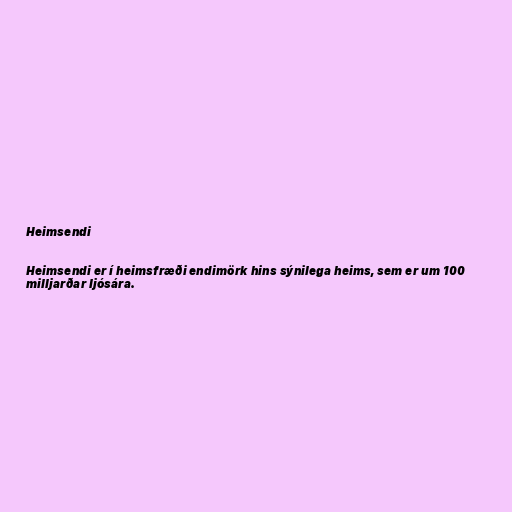
Heimsendi

Heimsendi er í heimsfræði endimörk hins sýnilega heims, sem er um 100
milljarðar ljósára.